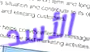
الأسد